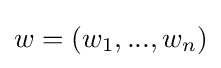
w=(w_{1},...,w_{n})